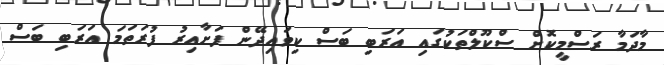
މާދަމާ ރަސްމީކޮށް ސްކޫލްތަކުގައި އަރަބި ބަސް ކިވައިދޭން ފަށާއިރު ފުރަތަމަ އަރަބި ބަސް